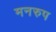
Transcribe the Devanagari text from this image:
मनरुप